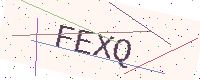
Text: FEXQ